Vaccination in Bombay 1874-1876 - 1874-1876
Year: 1874
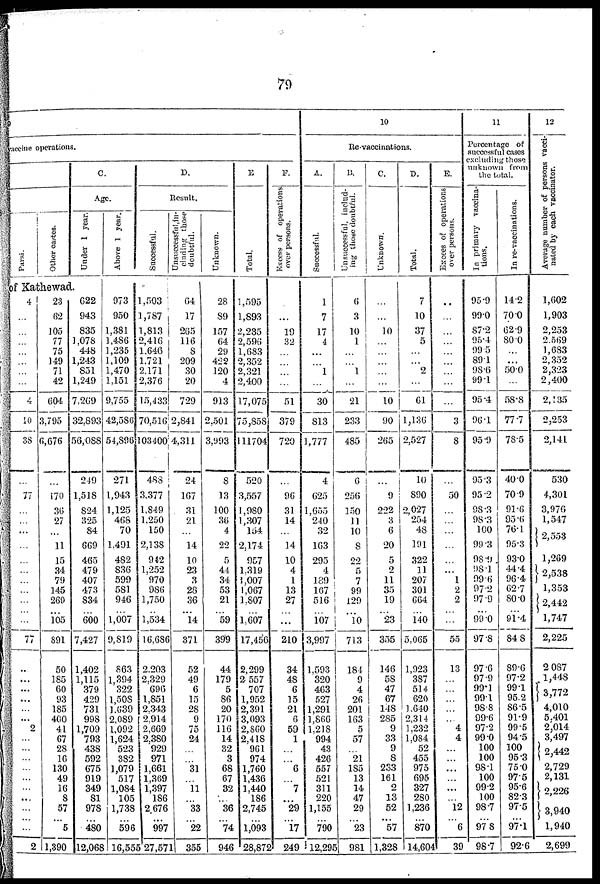
79
accine operations.
Parsi.
Other castes.
C.
Age.
Under 1 year.
of Kathewad.
4
...
...
...
...
...
...
...
4
10
38
...
77
...
...
...
...
...
...
...
...
...
... ...
77
...
...
...
...
...
...
2
...
...
...
...
...
...
...
...
...
...
2
23
62
105
77
75
149
71
42
604
3,795
6,676
...
170
36
27
...
11
15
34
79
145
269
... 105
891
50
185
60
93
185
400
41
67
28
16
130
49
16
8
57
...
5
1,390
622
943
835
1,078
448
1,243
851
1,249
7,269
32,893
56,088
249
1,518
824
325
84
669
465
479
407
473
834
... 600
7,427
1,402
1,115
379
429
731
998
1,709
793
438
592
675
919
349
81
978
...
480
12,068
Above 1 year.
973
950
1,381
1,486
1,235
1,109
1,470
1,151
9,755
42,586
54,896
271
1,943
1,125
468
70
1,491
482
836
599
581
946
... 1,007
9,819
863
1,394
322
1,508
1,639
2,089
1,092
1,624
523
382
1,079
517
1,084
105
1,738
...
596
16,555
D.
Result.
Successful.
1,503
1,787
1,813
2,416
1,646
1,721
2,171
2,376
15,433
70,516
103400
483
3,377
1,849
1,250
150
2,138
942
1,252
970
986
1,750
... 1,534
16,686
2,203
2,329
696
1,851
2,343
2,914
2,669
2,380
929
971
1,661
1,369
1,397
186
2,676
...
997
27,571
Unsuccessful,in¬
cluding those
doubtful.
64
17
265
116
8
209
30
20
729
2,841
4,311
24
167
31
21
...
14
10
23
3
28
36
... 14
371
52
49
6
15
28
9
75
24
...
...
31
...
11
...
33
...
22
355
Unknown.
28
89
157
64
29
422
120
4
913
2,501
3,993
8
13
100
36
4
22
5
44
34
53
21
... 59
399
44
179
5
86
20
170
116
14
32
3
68
67
32
...
36
...
74
946
E
Total.
1,595
1,893
2,235
2,596
1,683
2,352
2,321
2,400
17,075
75,858
111704
520
3,557
1,980
1,307
154
2,174
957
1,319
1,007
1,067
1,807
... 1,607
17,456
2,299
2,557
707
1,952
2,391
3,093
2,860
2,418
961
974
1,760
1,436
1,440
186
2,745
...
1,093
28,872
F.
Excces of operations
over persons.
...
19
32
...
...
...
...
51
379
720
...
96
31
14
...
14
10
4
1
13
27
... ...
210
34
48
6
15
21
6
59
1
...
...
6
...
7
...
29
...
17
249
10
Re -vaccinations.
A.
Successful.
1
7
17
4
...
...
1
...
30
813
1,777
4
625
1,655
240
32
163
295
4
189
167
516
... 107
3,997
1,593
320
463
527
1,291
1,866
1,218
994
43
426
557
521
311
220
1,155
...
790
12,295
B.
Unsuccessful, includ-
ing those doubtful.
6
3
10
1
...
...
1
...
21
233
485
6
256
150
11
10
8
22
5
7
99
129
... 10
713
184
9
4
26
201
163
5
57
...
21
185
13
14
47
29
...
23
981
C.
Unknown.
...
...
10
...
...
...
...
...
10
90
265
...
9
222
3
6
20
5
2
11
35
19
... 23
355
146
58
47
67
148
285
9
33
9
8
233
161
2
13
52
...
57
1,328
D.
Total.
7
10
37
5
...
...
2
...
61
1,136
2,527
10
890
2,027
254
48
191
322
11
207
301
664
... 140
5,065
1,923
387
514
620
1,640
2,314
1,232
1,084
52
455
975
695
327
280
1,236
...
870
14,604
E.
Excces of operations
over persons.
...
...
...
...
...
...
...
...
...
3
8
...
50
...
...
...
...
...
...
1
2
2
... ...
55
13
...
...
...
...
...
4
4
...
... ...
...
...
...
12
...
6
39
11
Percentage of
successful cases
excluding those
unknown from
the total.
In primary vaccina¬
tions.
95.9
99.0
87.2
95.4
99.5
89.1
98.6
99.1
95.4
96.1
95.9
95.3
95.2
98.3
98.3
100
99.3
98.9
98.1
99.6
97.2
97.9
... 99.0
97.8
97.6
97.9
99.1
99.1
98.8
99.6
97.2
99.0
100
100
98.1
100
99.2
100
98.7
... 97.8
98.7
In re-vaccinations.
14.2
70.0
62.9
80.0
...
...
50.0
...
58.8
77.7
78.5
40.0
70.9
91.6
95.6
76.1
95.3
93.0
44.4
96.4
62.7
80.0
... 91.4
84.8
89.6
97.2
99.1
95.2
86.5
91.9
99.5
94.5
100
95.3
75.0
97.5
95.6
82.3
97.5
... 97.1
92.6
12
Average number of persons vacci-
nated by each vaccinator.
1,602
1,903
2,253
2,569
1,683
2,352
2,323
2,400
2,135
2,253
2,141
530
4,301
3,976
1,547
2,553
1,269
2,538
1,353
2,442
1,747
2,225
2,087
1,448
3,772
4,010
5,401
2,014
3,497
2,442
2,729
2,131
2,226
3,940
1,940
2,699